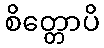
စိတ္တောပိ